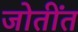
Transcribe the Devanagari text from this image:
जोतींत